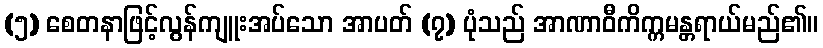
(၅) စေတနာဖြင့်လွန်ကျူးအပ်သော အာပတ် (၇) ပုံသည် အာဏာဝီကိက္ကမန္တရာယ်မည်၏။